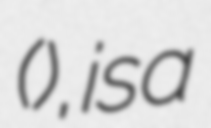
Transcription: (คริส หอวัง), is a